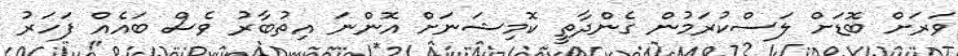
ވަރަށް ބޮޑަށް ލަސްކުރަމުން ގެންދާތީ ކޮމިޝަނަށް އޮންނަ އިތުބާރު ވެސް ބައެއް ފަހަރު